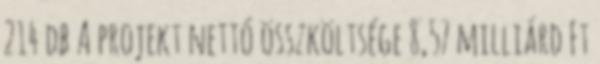
214 db A projekt nettó összköltsége 8,57 milliárd Ft